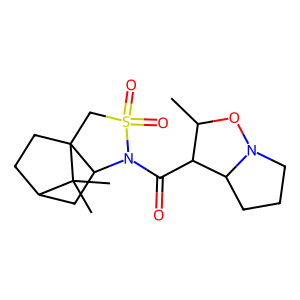
SMILES: CC1ON2CCCC2C1C(=O)N1C2CC3CCC2(CS1(=O)=O)C3(C)C
Inhibits HIV replication: No